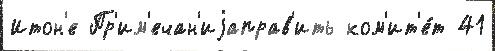
Итон'е Пр'им'ечан'иjаправ'ить ком'ит'е́т 41